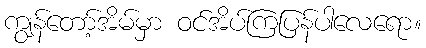
ကျွန်တော့်အိမ်မှာ ဝင်အိပ်ကြပြန်ပါလေရော။